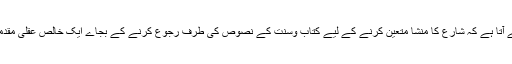
اگر دوسری صورت ہے تو اگلا سوال یہ سامنے آتا ہے کہ شارع کا منشا متعین کرنے کے لیے کتاب وسنت کے نصوص کی طرف رجوع کرنے کے بجاے ایک خالص عقلی مقدمہ قائم کرنے کی ضرورت کیوں پیش آئی ہے؟